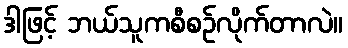
ဒါဖြင့် ဘယ်သူကစီစဉ်လိုက်တာလဲ။